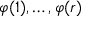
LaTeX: \varphi ( 1 ) , \ldots , \varphi ( r )